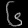
Digit: ၆